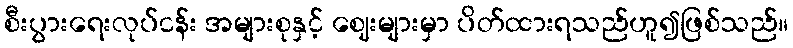
စီးပွားရေးလုပ်ငန်း အများစုနှင့် ဈေးများမှာ ပိတ်ထားရသည်ဟူ၍ဖြစ်သည်။